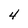
Character: 4